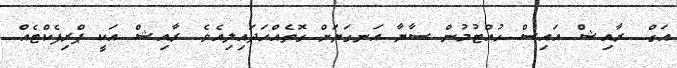
އަގް.. ރާއިޝް އައިސް ހުއްޓުމުން ސާޔާ އަނގަޔަށް ގޮތެއްހަދައިލިއެވެ. ރާއިޝް އަކީ ޕްރިފެކްޓެއް